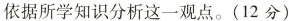
依据所学知识分析这一观点。(12 分)